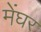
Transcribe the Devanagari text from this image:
मेंघर